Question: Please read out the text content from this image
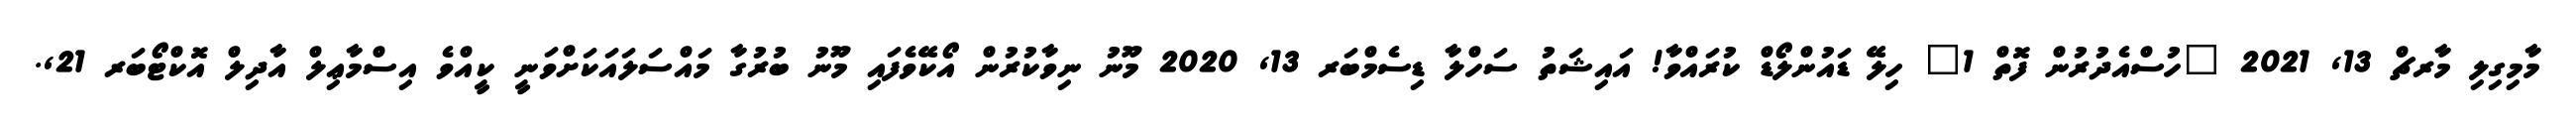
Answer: މާމިގިލި މާރޗް 13, 2021 "ހުސްއެދުރުން ފޮތް 1" ހިލޭ ޑައުންލޯޑް ކުރައްވާ! އައިޝަތު ސަހްލާ ޑިސެމްބަރ 13, 2020 މޫނު ނިވާކުރުން އޯކޭވެފައި މޫނު ބުރުގާ މައްސަލައަކަށްވަނީ ކީއްވެ އިސްމާޢިލް އާދިލް އޮކްޓޯބަރ 21,.